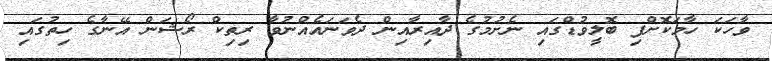
ވާހަކަ ހާމަކޮށްފި ބޮލީވުޑްގައި ނެށުމުގެ ދާއިރާއިން ދެވަނައެއްނުވާ ރިތިކް ރޯޝަން އޭނާގެ ހިތުގައި